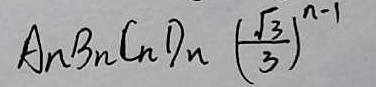
A _ { n } B _ { n } C _ { n } D _ { n } ( \frac { \sqrt { 3 } } { 3 } ) ^ { n - 1 }